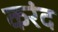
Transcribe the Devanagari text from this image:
करंद